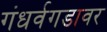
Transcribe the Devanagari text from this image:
गंधर्वगडावर